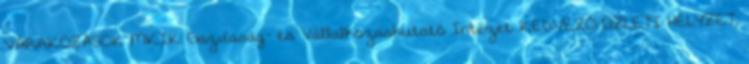
VÁRAKOZÁSOK MKIK Gazdaság- és Vállalkozáskutató Intézet KEDVEZŐ ÜZLETI HELYZET,